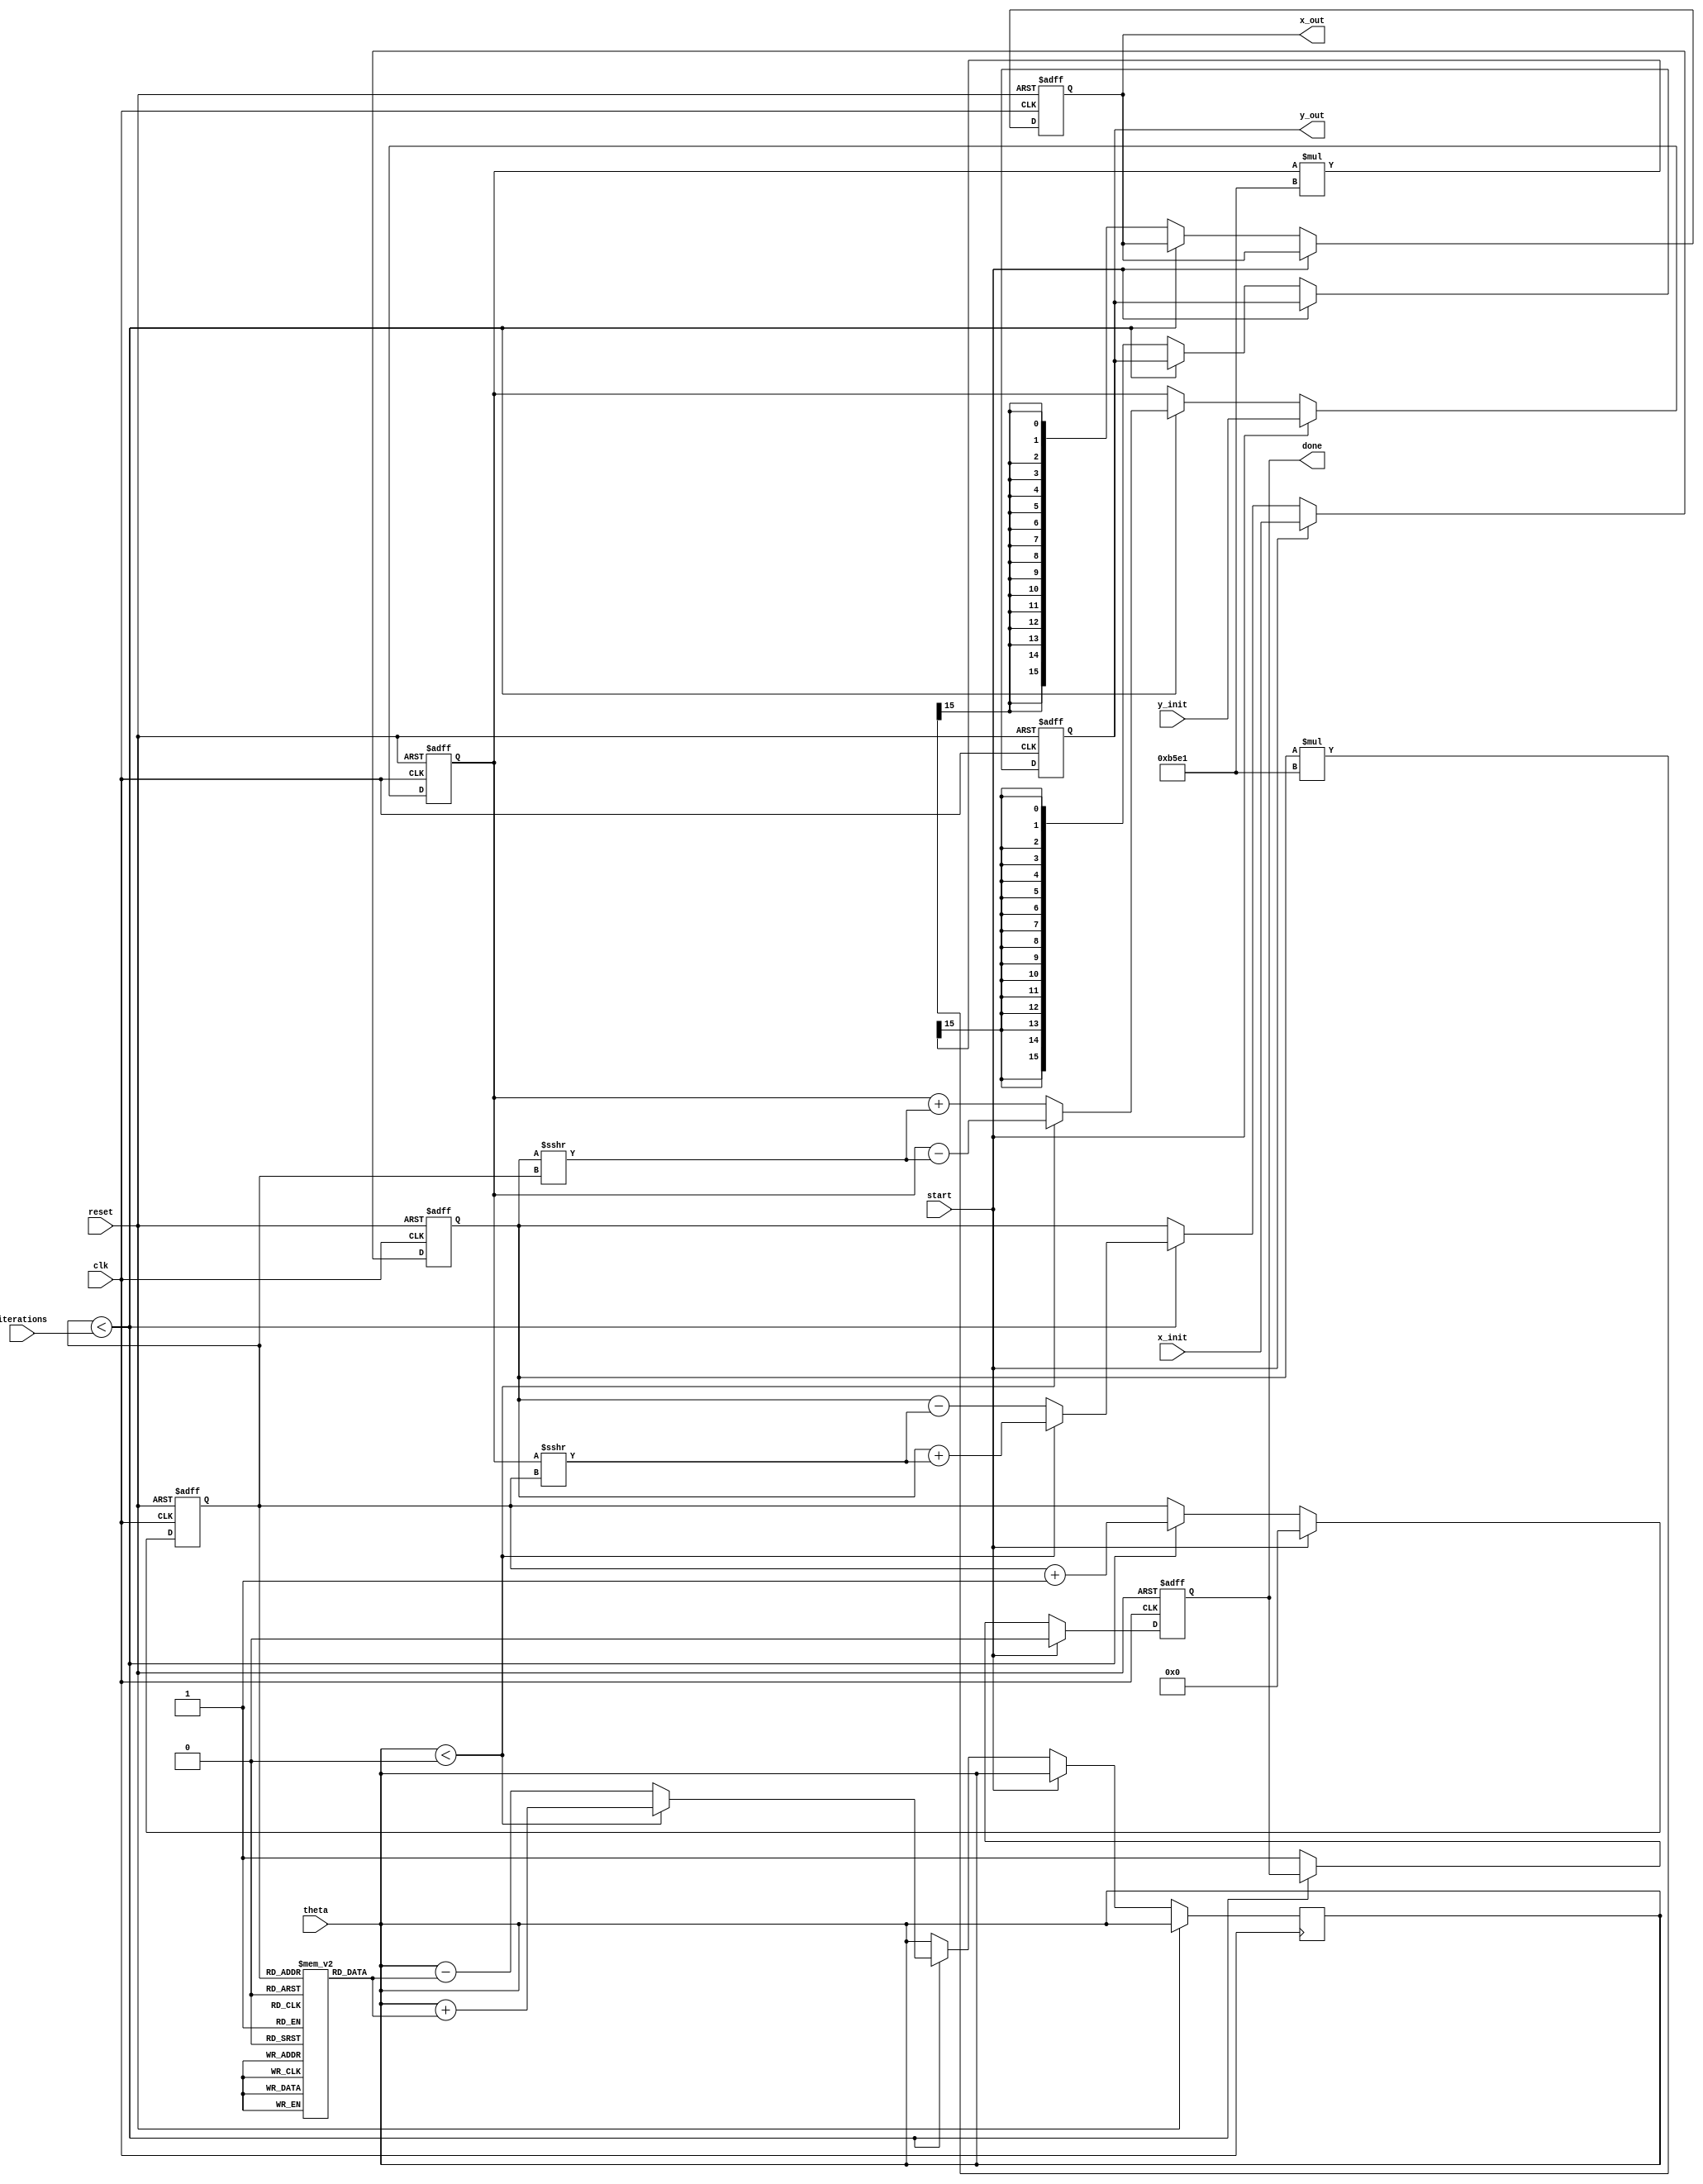
module cordic (
    input wire clk,
    input wire reset,
    input wire start,
    input wire signed [15:0] theta, // Input angle in fixed-point format
    input wire signed [15:0] x_init, // Initial x vector
    input wire signed [15:0] y_init, // Initial y vector
    input wire [3:0] iterations, // Number of iterations
    output reg signed [15:0] x_out, // Output x after rotation
    output reg signed [15:0] y_out, // Output y after rotation
    output reg done // Indicates completion of operation
);

    // Pre-computed angle table (in fixed-point format)
    reg signed [15:0] angle_table [0:15]; // Adjust size based on needed precision
    initial begin
        angle_table[0] = 16'h0000; // atan(2^0)
        angle_table[1] = 16'h3C90; // atan(2^-1)
        angle_table[2] = 16'h3C49; // atan(2^-2)
        angle_table[3] = 16'h3C1A; // atan(2^-3)
        angle_table[4] = 16'h3B9A; // atan(2^-4)
        angle_table[5] = 16'h3B2D; // atan(2^-5)
        angle_table[6] = 16'h3A9C; // atan(2^-6)
        angle_table[7] = 16'h3A14; // atan(2^-7)
        angle_table[8] = 16'h39A0; // atan(2^-8)
        angle_table[9] = 16'h3920; // atan(2^-9)
        angle_table[10] = 16'h38A0; // atan(2^-10)
        angle_table[11] = 16'h3820; // atan(2^-11)
        angle_table[12] = 16'h37A0; // atan(2^-12)
        angle_table[13] = 16'h3720; // atan(2^-13)
        angle_table[14] = 16'h36A0; // atan(2^-14)
        angle_table[15] = 16'h3620; // atan(2^-15)
    end

    // Scaling factor (pre-computed)
    localparam signed [15:0] K = 16'hB5E1; // Approximate scaling factor

    // Internal registers
    reg signed [15:0] x;
    reg signed [15:0] y;
    reg [3:0] count;
    reg signed [15:0] angle;

    // State machine for processing
    always @(posedge clk or posedge reset) begin
        if (reset) begin
            x <= 0;
            y <= 0;
            count <= 0;
            done <= 0;
            x_out <= 0;
            y_out <= 0;
        end else if (start) begin
            // Initialization
            x <= x_init;
            y <= y_init;
            count <= 0;
            done <= 0;
        end else if (count < iterations) begin
            // CORDIC rotation logic
            angle = angle_table[count];
            if (theta < 0) begin
                x <= x + (y >>> count);
                y <= y - (x >>> count);
                theta <= theta + angle; // Adjust theta
            end else begin
                x <= x - (y >>> count);
                y <= y + (x >>> count);
                theta <= theta - angle; // Adjust theta
            end
            count <= count + 1;
        end else begin
            // Apply scaling factor
            x_out <= (x * K) >>> 15; // Adjust for fixed-point scaling
            y_out <= (y * K) >>> 15; // Adjust for fixed-point scaling
            done <= 1;
        end
    end

endmodule